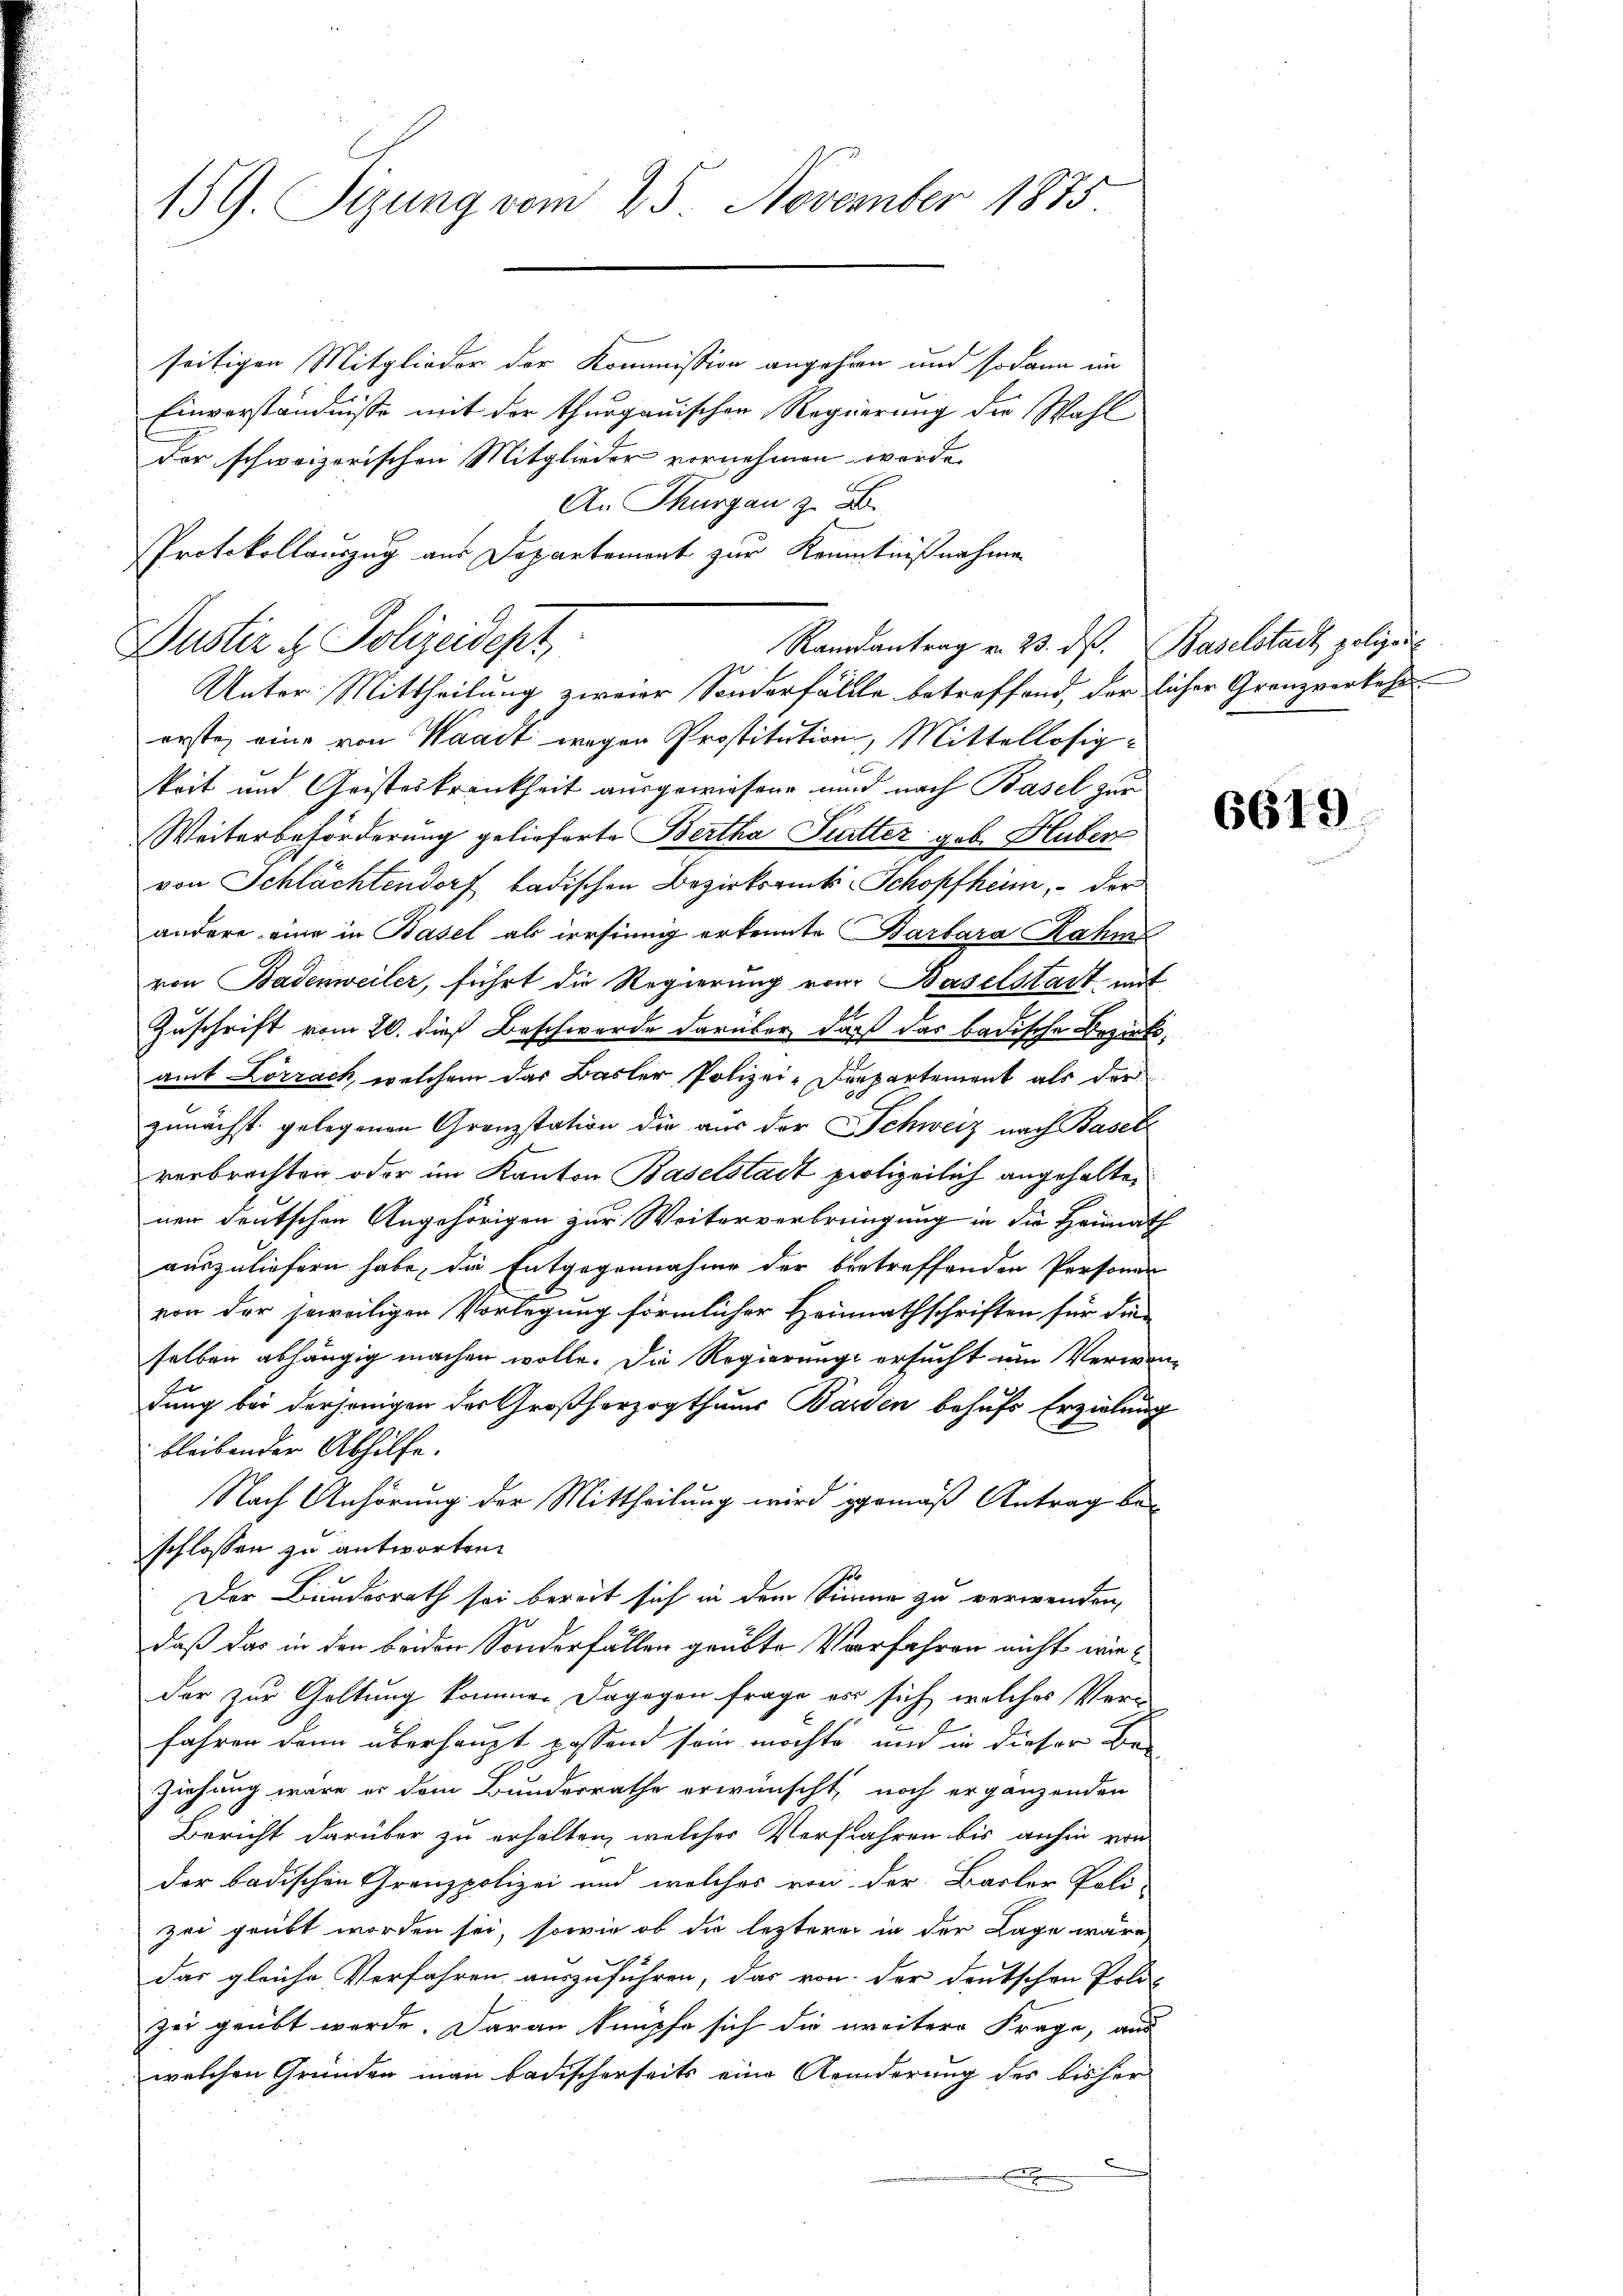
15 G. Sizung vom 25. November 1875

seitigen Mitglieder der Kommission angehen und sodann im
Einverständnisse mit der thurgauischen Regierung der Wahl¬
Der schweizerischen Mitglieder vornehmen werde.
An Thurgau zu B
Protokollauszug aus Departement zur Kenntnißnahme
Dustiz & Polizeidept
Randantrag v. 23. ds. Baselstadt polizeil
Unter Mittheilung zweier Sonderfällte betroffend, derlicher Granzverkehr
erste, eine von Waadt wegen Prostitution, Mittellosigkeit und Geisteskrankheit ausgewiesene und nach Basel zur
Weiterbeförderung gelieferte Bertha Futter geb. Huber
von Schlächtendorf badischen Bezirksrück Schopfheim, - der
andere eine in Basel als irrsinnig erkennte Barbara Rahme
von Badenweiler, führt die Regierung von Baselstadt mit
Zuschrift vom 20. dieß Beschwerde darüber daß das badische Bezirksamt Lörrach, welchem das Basler Polizei-Departement als der
zunächst gelegenen Grenzstation die aus der Schweiz nach Basel
verbrachten oder im Kanton Baselstadt polizeilich angehalten
ner deutschen Angehörigen zur Weiterverbringung in die Heimath
auszuliefern habe, die Entgegennahme der betreffenden Personen
von der jeweiligen Vorlegung förmlicher Heimathschriften für die
selben abhängig machen wolle. Die Regierung ersucht um Verwen-
dung bei derjenigen der Großherzogthums Barden behufs Erziehung
bleibender Abhilfe.
Nach Anhörung der Mittheilung wird gemäß Antrag beschlossen zu antworten.
Der Bundesrath sei bereit sich in dem Sinne zu verwenden,
daß das in den beiden Sonderfällen grübte Verfahren nicht wir
der zur Goltung kommen dagegen frage es sich welches Verfahren dann überhaupt passend sein möchte, und in dieser Be-
Ziehung wäre er dem Bundesrathe erwünscht, noch ergänzenden
Bericht darüber zu erhalten, welches Verfahren bis anhin von
der badischen Grenzpolizei und welches von der Basler Poli-
zei geübt worden sei, sowie ob die lezterer in der Lage wäre
das gleiche Verfahren auszuführen, das von der deutschen Poli-
zei geübt werde. Daran knüpfe sich die weitere Frage, aus
welchen Gründen man badischerseits eine Aenderung des bisher
.

6619.